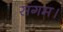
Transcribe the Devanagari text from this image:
संगम।